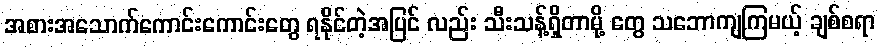
အစားအသောက်ကောင်းကောင်းတွေ ရနိုင်တဲ့အပြင် လည်း သီးသန့်ရှိတာမို့ တွေ သဘောကျကြမယ့် ချစ်စရာ